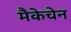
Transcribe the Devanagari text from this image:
मैकेचेन